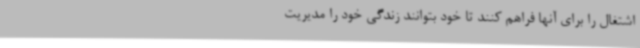
اشتغال را برای آنها فراهم کنند تا خود بتوانند زندگی خود را مدیریت